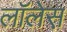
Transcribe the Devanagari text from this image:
लाॅलेस़